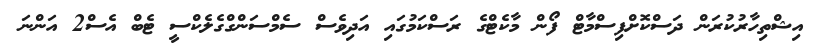
އިޝްތިހާރުކުރަން ދަސްކޮށްފިސްމާޓް ފޯން މާކެޓްގެ ރަސްކަމުގައި އަދިވެސް ސެމްސަންގްގެލެކްސީ ޓެބް އެސް2 އަންނަ